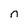
Character: n